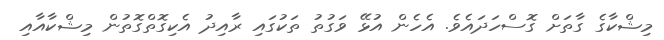
މިޝްކާގެ ގާތަށް ގޮސްހަދައެވެ. އެހެން އުޅޭ ވަގުތު ތަކުގައި ރާއިދު އެކިގޮތްގޮތުން މިޝްކާއާއި